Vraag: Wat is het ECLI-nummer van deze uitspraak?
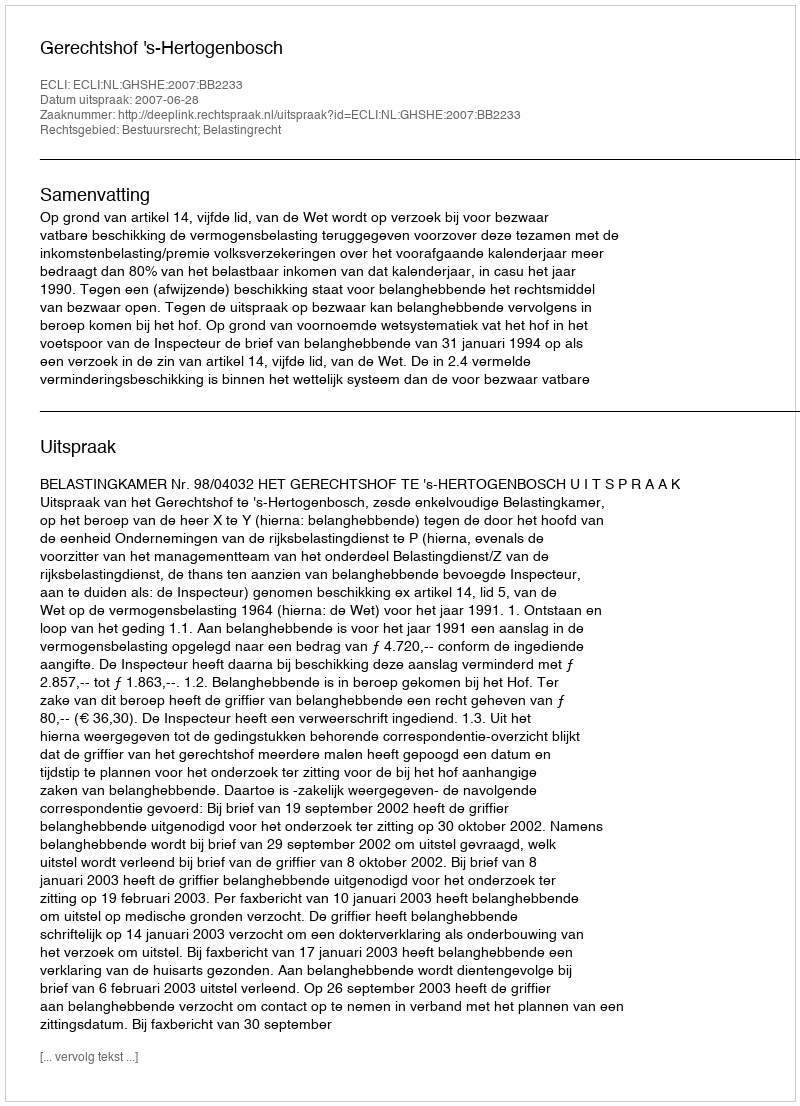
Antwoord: ECLI:NL:GHSHE:2007:BB2233